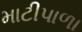
માટીપાળા